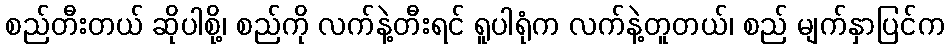
စည်တီးတယ် ဆိုပါစို့၊ စည်ကို လက်နဲ့တီးရင် ရူပါရုံက လက်နဲ့တူတယ်၊ စည် မျက်နှာပြင်က